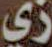
زي